system: You are a helpful assistant.
user:
Analyze the provided spectrum to determine if it is a **"Cataclysmic Variables (CV)"**.

- **Key Indicators for CV (Check for either state):**
    - **State 1: Quiescent / Low-State (Emission-Dominated)**
        - **(Primary):** Strong and *very broad* Hydrogen Balmer emission lines (e.g., $H\alpha$ at 6563 Å, $H\beta$ at 4861 Å). The 'broadness' (high velocity dispersion, often FWHM > 1000 km/s) is the key diagnostic, indicating a high-velocity accretion disk.
        - **(Secondary):** Broad neutral Helium (He I) emission lines (e.g., 5876 Å, 6678 Å).
        - **(Key Confirmation):** Presence of high-excitation *ionized* Helium (He II) emission at 4686 Å. This is a strong indicator of accretion onto a white dwarf.
        - **(Line Profile):** Emission lines may exhibit a 'double-peaked' profile, which is a classic signature of a rotating accretion disk viewed at high inclination.

    - **State 2: Outburst / High-State (Absorption-Dominated)**
        - **(Primary):** Spectrum is dominated by a bright, blue continuum (looks like a hot star).
        - **(Secondary):** The emission lines from State 1 are weak, absent, or 'filled in', and are replaced by broad, shallow *absorption* lines (primarily Balmer and He I).
        - **(Morphology):** The overall spectrum mimics a hot B/A-type star. The crucial difference is that the absorption lines are significantly broader, shallower, and more 'washed-out' (or 'smeared') than the sharp lines of a normal stellar photosphere, due to high rotational speeds and pressure broadening in the disk.

Think first, call **spectral_visualization_tool** if needed to examine features in detail, then provide your final answer. Your response must adhere to the following strict rules:
1.  **Overall Structure:** Your response must follow the format `<think>...</think> <tool_call>...</tool_call> (if a tool is used) <answer>...</answer>`.
2.  **Tool Usage Constraint:** You may only make **one** tool call per turn.
3.  **Final Answer Format:** In the `<answer>` tag, your conclusion must be inside a `\boxed{}` command (e.g., `\boxed{YES}`), followed by your justification.

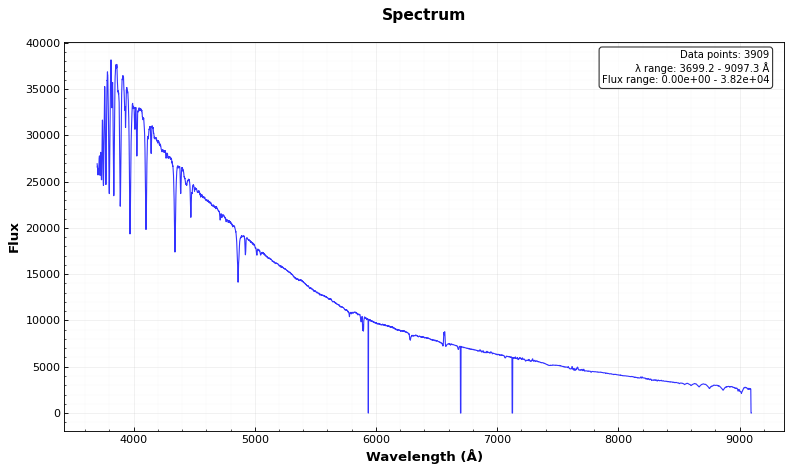
Answer: NO